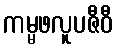
ကမ္မဖလူပဇီဝီ